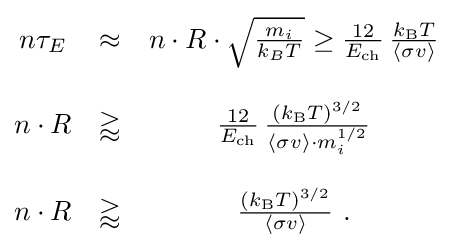
{\begin{matrix}n\tau _{E}&\approx &n\cdot R\cdot {\sqrt {\frac {m_{i}}{k_{B}T}}}\geq {\frac {12}{E_{\rm {ch}}}}\,{\frac {k_{\rm {B}}T}{\langle \sigma v\rangle }}\\\\n\cdot R&\gtrapprox &{\frac {12}{E_{\rm {ch}}}}\,{\frac {\left(k_{\rm {B}}T\right)^{3/2}}{\langle \sigma v\rangle \cdot m_{i}^{1/2}}}\\\\n\cdot R&\gtrapprox &{\frac {\left(k_{\rm {B}}T\right)^{3/2}}{\langle \sigma v\rangle }}{\mbox{ .}}\\\end{matrix}}